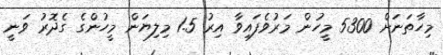
މިހާތަނަށް 5300 މީހުން މަރުވެފައިވާ އިރު 1.5 މިލިޔަން މީހުންގެ ގެދޮރު ވަނީ